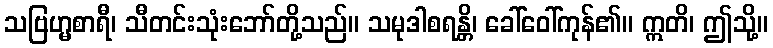
သဗြဟ္မစာရီ၊ သီတင်းသုံးဘော်တို့သည်။ သမုဒါစရန္တိ၊ ခေါ်ဝေါ်ကုန်၏။ ဣတိ၊ ဤသို့။